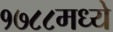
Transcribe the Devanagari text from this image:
१७८८मध्ये